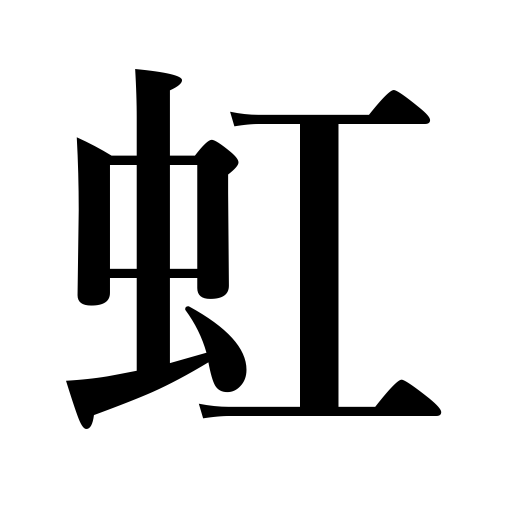
Meanings: rainbow